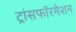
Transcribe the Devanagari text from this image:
ट्रांसफॉरमेशन